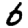
Digit: 6